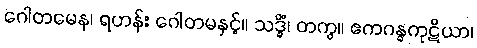
ဂေါတမေန၊ ရဟန်း ဂေါတမနှင့်။ သဒ္ဓိံ၊ တကွ။ ဧကဂန္ဓကုဋိယာ၊